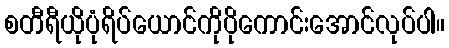
စတီရီယိုပုံရိပ်ယောင်ကိုပိုကောင်းအောင်လုပ်ပါ။